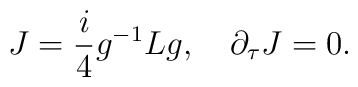
J=\frac{i}{4}g^{-1}Lg,\quad \partial _{\tau }J=0.